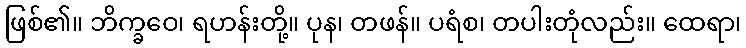
ဖြစ်၏။ ဘိက္ခဝေ၊ ရဟန်းတို့။ ပုန၊ တဖန်။ ပရံစ၊ တပါးတုံလည်း။ ထေရာ၊